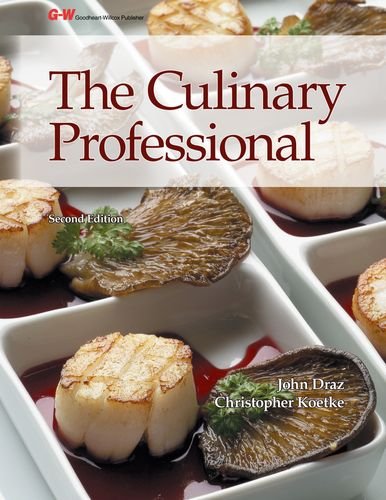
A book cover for The Culinary Professional; John Draz; Cookbooks, Food & Wine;